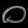
Digit: ၀